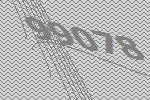
99078